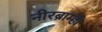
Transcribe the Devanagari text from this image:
नीरब्राम्‍ही